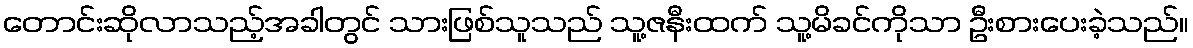
တောင်းဆိုလာသည့်အခါတွင် သားဖြစ်သူသည် သူ့ဇနီးထက် သူ့မိခင်ကိုသာ ဦးစားပေးခဲ့သည်။